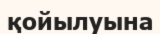
қойылуына